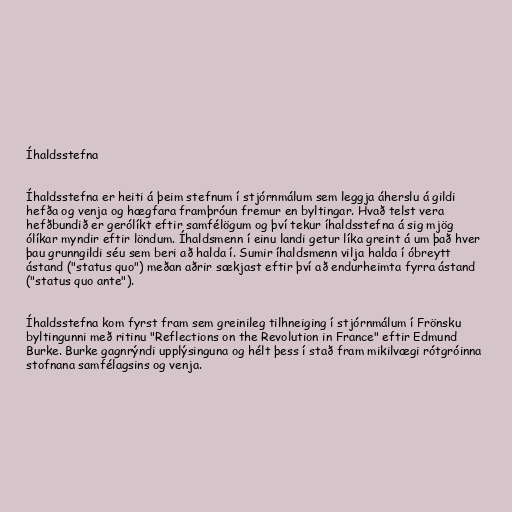
Íhaldsstefna

Íhaldsstefna er heiti á þeim stefnum í stjórnmálum sem leggja áherslu á gildi
hefða og venja og hægfara framþróun fremur en byltingar. Hvað telst vera
hefðbundið er gerólíkt eftir samfélögum og því tekur íhaldsstefna á sig mjög
ólíkar myndir eftir löndum. Íhaldsmenn í einu landi getur líka greint á um það hver
þau grunngildi séu sem beri að halda í. Sumir íhaldsmenn vilja halda í óbreytt
ástand ("status quo") meðan aðrir sækjast eftir því að endurheimta fyrra ástand
("status quo ante").

Íhaldsstefna kom fyrst fram sem greinileg tilhneiging í stjórnmálum í Frönsku
byltingunni með ritinu "Reflections on the Revolution in France" eftir Edmund
Burke. Burke gagnrýndi upplýsinguna og hélt þess í stað fram mikilvægi rótgróinna
stofnana samfélagsins og venja.